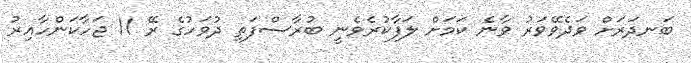
ބަނދަރަށް ވަދެވޭވަރު ވާނެ ކަމަށް ލަފާކުރެވެނީ ބުރާސްފަތި ދުވަހުގެ ރޭ 11 ޖަހާކަންހާއިރު